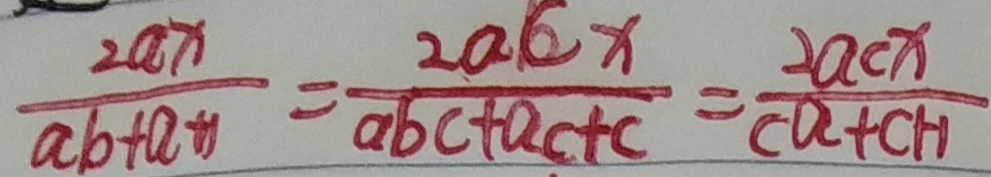
\frac { 2 a x } { a b + a + 1 } = \frac { 2 a C x } { a b c + a c + c } = \frac { 2 a c x } { c a + c + 1 }